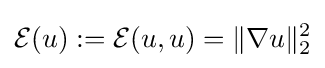
{\mathcal {E}}(u):={\mathcal {E}}(u,u)=\|\nabla u\|_{2}^{2}